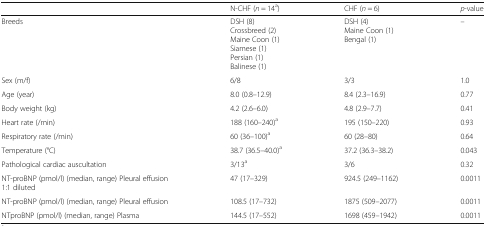
<table><thead><tr><td></td><td><b>N-CHF (<i>n</i> = 14<sup>a</sup>)</b></td><td><b>CHF (<i>n</i> = 6)</b></td><td><b><i>p</i>-value</b></td></tr></thead><tbody><tr><td>Breeds</td><td>DSH (8)Crossbreed (2)Maine Coon (1)Siamese (1)Persian (1)Balinese (1)</td><td>DSH (4)Maine Coon (1)Bengal (1)</td><td>–</td></tr><tr><td>Sex (m/f)</td><td>6/8</td><td>3/3</td><td>1.0</td></tr><tr><td>Age (year)</td><td>8.0 (0.8–12.9)</td><td>8.4 (2.3–16.9)</td><td>0.77</td></tr><tr><td>Body weight (kg)</td><td>4.2 (2.6–6.0)</td><td>4.8 (2.9–7.7)</td><td>0.41</td></tr><tr><td>Heart rate (/min)</td><td>188 (160–240)<sup>a</sup></td><td>195 (150–220)</td><td>0.93</td></tr><tr><td>Respiratory rate (/min)</td><td>60 (36–100)<sup>a</sup></td><td>60 (28–80)</td><td>0.64</td></tr><tr><td>Temperature (°C)</td><td>38.7 (36.5–40.0)<sup>a</sup></td><td>37.2 (36.3–38.2)</td><td>0.043</td></tr><tr><td>Pathological cardiac auscultation</td><td>3/13<sup>a</sup></td><td>3/6</td><td>0.32</td></tr><tr><td>NT-proBNP (pmol/l) (median, range) Pleural effusion1:1 diluted</td><td>47 (17–329)</td><td>924.5 (249–1162)</td><td>0.0011</td></tr><tr><td>NT-proBNP (pmol/l) (median, range) Pleural effusion</td><td>108.5 (17–732)</td><td>1875 (509–2077)</td><td>0.0011</td></tr><tr><td>NTproBNP (pmol/l) (median, range) Plasma</td><td>144.5 (17–552)</td><td>1698 (459–1942)</td><td>0.0011</td></tr></tbody></table>